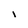
Character: i